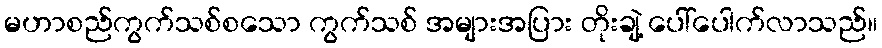
မဟာစည်ကွက်သစ်စသော ကွက်သစ် အများအပြား တိုးချဲ့ ပေါ်ပေါက်လာသည်။